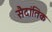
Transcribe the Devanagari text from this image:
सैदांतिक